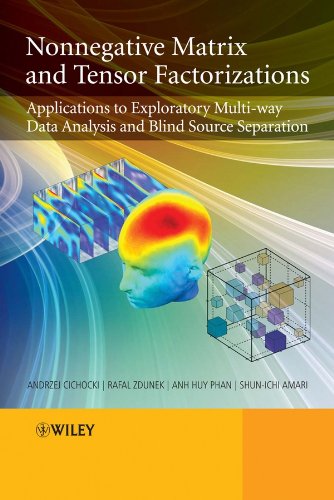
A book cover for Nonnegative Matrix and Tensor Factorizations: Applications to Exploratory Multi-way Data Analysis and Blind Source Separation; Andrzej Cichocki; Science & Math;